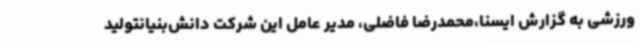
ورزشی به گزارش ایسنا،محمدرضا فاضلی، مدیر عامل این شرکت دانش‌بنیانتولید